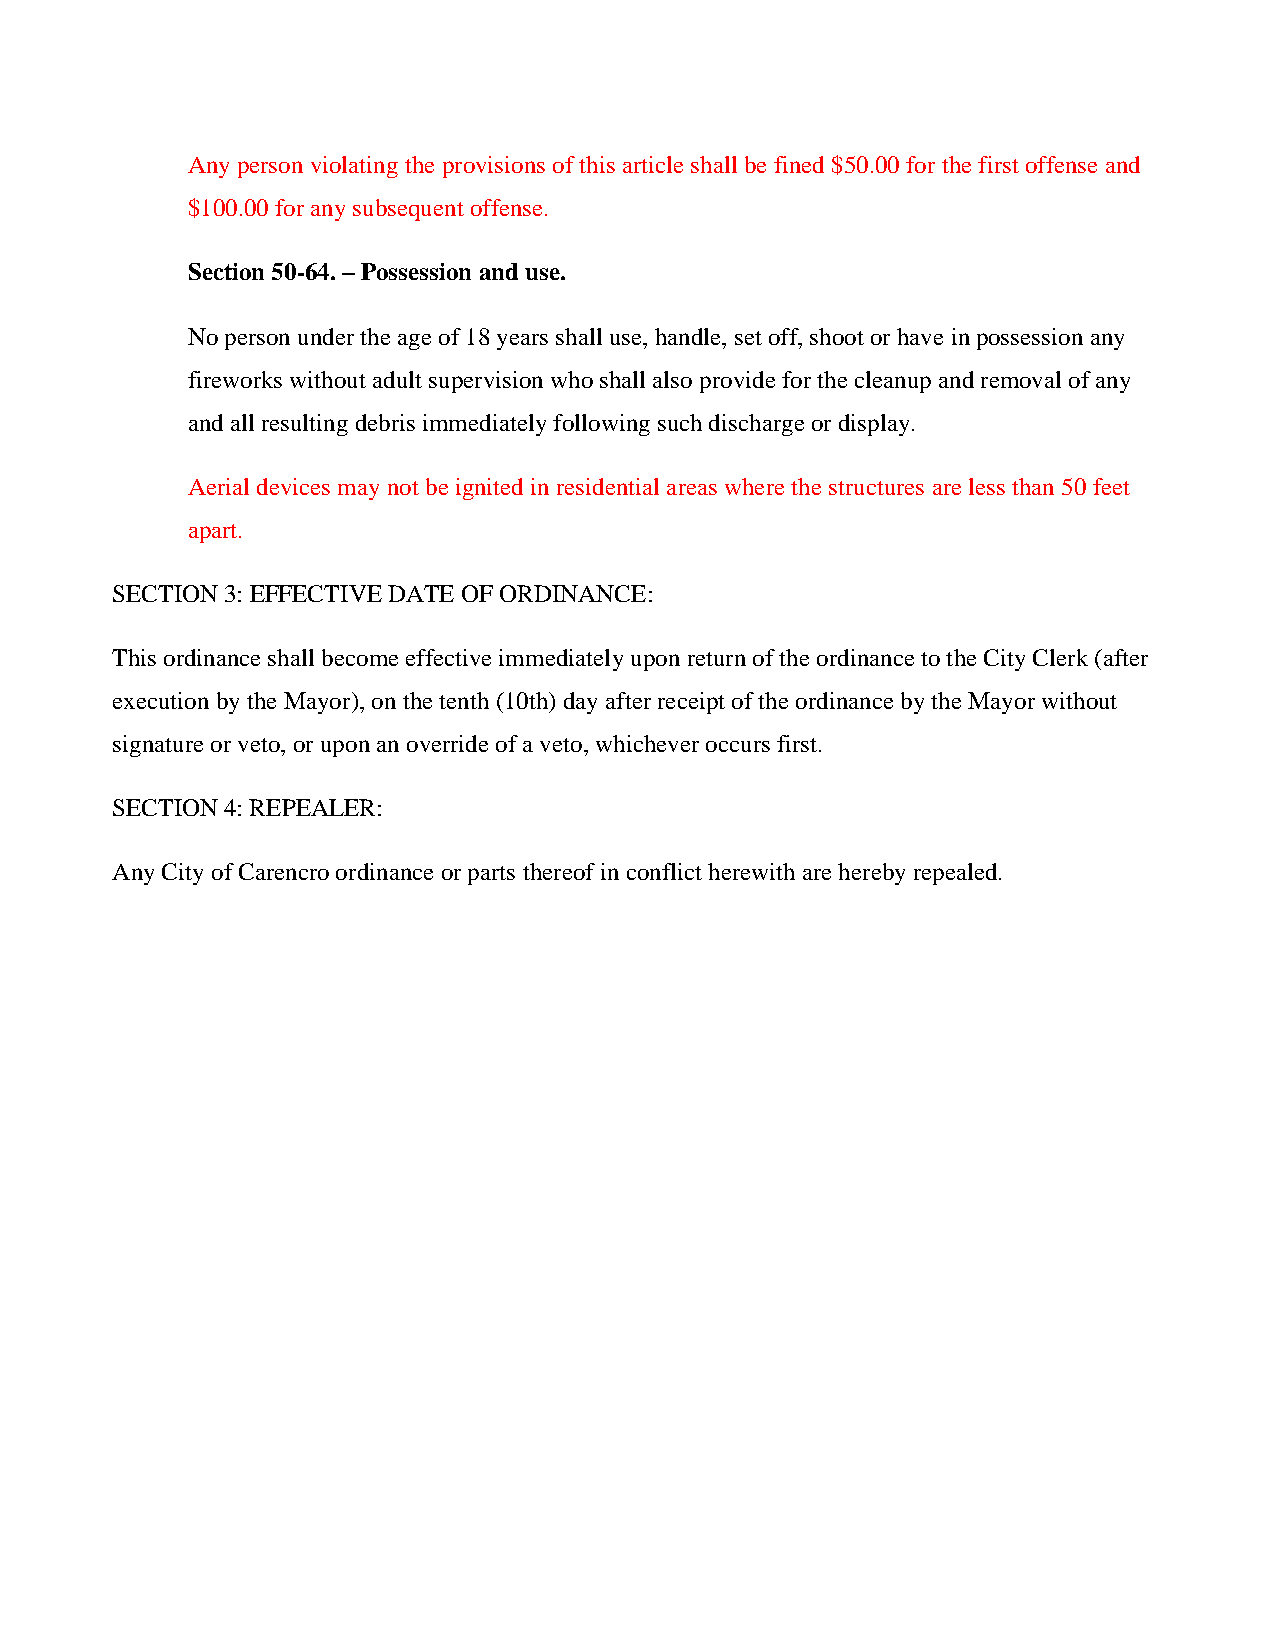
Any person violating the provisions of this article shall be fined $50.00 for the first offense and
 $100.00 for any subsequent offense.
 Section 50-64. – Possession and use.
 No person under the age of 18 years shall use, handle, set off, shoot or have in possession any
 fireworks without adult supervision who shall also provide for the cleanup and removal of any
 and all resulting debris immediately following such discharge or display.
 Aerial devices may not be ignited in residential areas where the structures are less than 50 feet
 apart.
 SECTION 3: EFFECTIVE DATE OF ORDINANCE:
 This ordinance shall become effective immediately upon return of the ordinance to the City Clerk (after
 execution by the Mayor), on the tenth (10th) day after receipt of the ordinance by the Mayor without
 signature or veto, or upon an override of a veto, whichever occurs first.
 SECTION 4: REPEALER:
 Any City of Carencro ordinance or parts thereof in conflict herewith are hereby repealed.